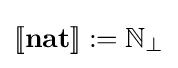
[\![{\textbf {nat}}]\!]:=\mathbb {N} _{\bot }